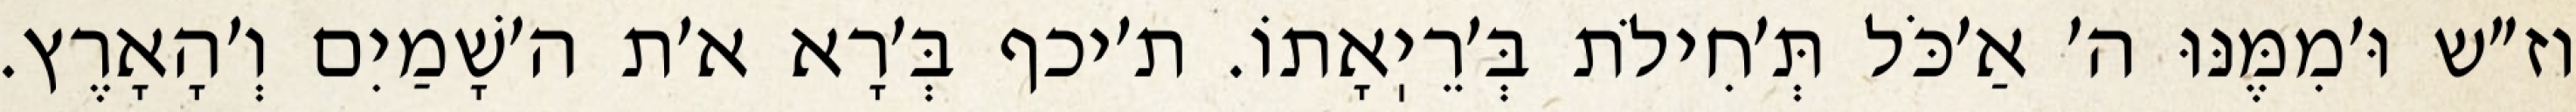
וז״ש וּ׳מִמֶּנּוּ ה׳ אַ׳כֹּל תְּ׳חִילֹת בְּ׳רֵיֽאָתוֹ. ת׳יכף בְּ׳רָא א׳ת ה׳שָׁמַיִם וְ׳הָאָרֶץ.